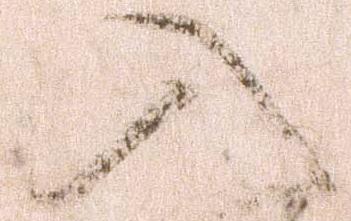
入